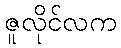
ဇူလိုင်လက